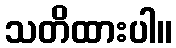
သတိထားပါ။